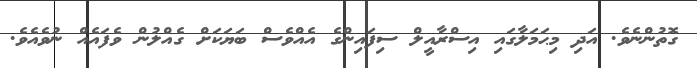
ގޮތުންނެވެ. އަދި މިޙަމަލާގައި އިސްރާއީލް ސިފައިންގެ އެއްވެސް ބަޔަކަށް ގެއްލުން ވެފައެއް ނުވެއެވެ.